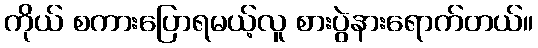
ကိုယ် စကားပြောရမယ့်လူ စားပွဲနားရောက်တယ်။